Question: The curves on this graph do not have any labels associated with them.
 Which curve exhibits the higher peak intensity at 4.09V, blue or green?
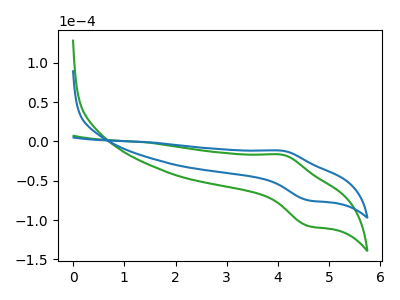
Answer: <think>The green curve "green" has an anodic peak at (4.10V, -17.00uA) and a cathodic peak at (4.60V, -107.65uA). The blue curve "blue" has an anodic peak at (4.10V, -11.85uA) and a cathodic peak at (4.60V, -74.95uA).</think>
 <answer>The peak at 4.09V is higher in "blue" than in "green".</answer>
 <eval>higher</eval>